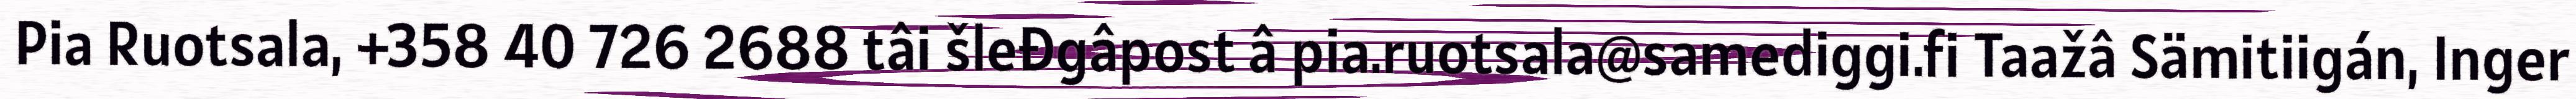
Pia Ruotsala, +358 40 726 2688 tâi šleđgâpost â pia.ruotsala@samediggi.fi Taažâ Sämitiigán, Inger